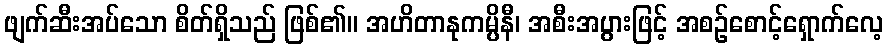
ဖျက်ဆီးအပ်သော စိတ်ရှိသည် ဖြစ်၏။ အဟိတာနုကမ္ပိနီ၊ အစီးအပွားဖြင့် အစဉ်စောင့်ရှောက်လေ့